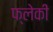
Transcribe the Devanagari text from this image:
फ्लेकी